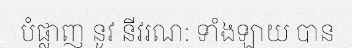
បំផ្លាញ នូវ នីវរណ: ទាំងឡាយ បាន